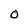
Character: O